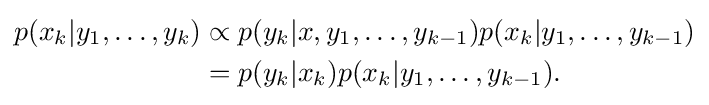
{\begin{aligned}p(x_{k}|y_{1},\ldots ,y_{k})&\propto p(y_{k}|x,y_{1},\ldots ,y_{k-1})p(x_{k}|y_{1},\ldots ,y_{k-1})\\&=p(y_{k}|x_{k})p(x_{k}|y_{1},\ldots ,y_{k-1}).\end{aligned}}